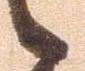
候